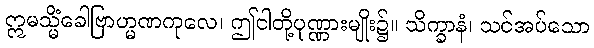
ဣမသ္မိံခေါဗြာဟ္မဏကုလေ၊ ဤငါတို့ပုဏ္ဏားမျိုး၌။ သိက္ခာနံ၊ သင်အပ်သော